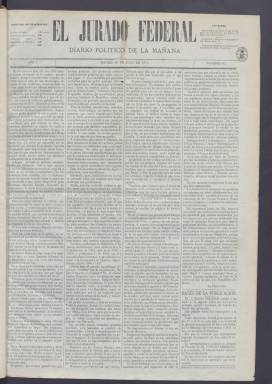
Título: El Jurado federal
Colección: Periódicos
Ámbito geográfico: Madrid
Lugar de publicación: Madrid
Fechas: 29/07/1871-01/11/1871